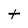
Character: t